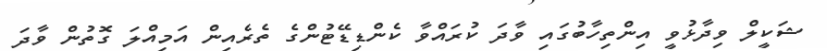
ޝަކީލް ވިދާޅުވީ އިންތިހާބުގައި ވާދަ ކުރައްވާ ކެންޑިޑޭޓުންގެ ތެރެއިން އަމިއްލަ ގޮތުން ވާދަ